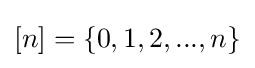
[n]=\{0,1,2,...,n\}